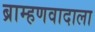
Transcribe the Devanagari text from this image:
ब्राम्हणवादाला